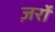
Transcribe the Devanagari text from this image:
ज़र्रों